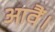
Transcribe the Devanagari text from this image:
आवैं।